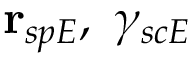
\mathbf { r } _ { s p E } , \ \gamma _ { s c E }